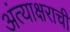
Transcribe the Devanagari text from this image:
अंत्याक्षराची